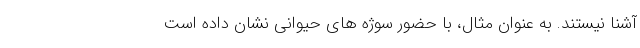
آشنا نیستند. به عنوان مثال، با حضور سوژه های حیوانی نشان داده است